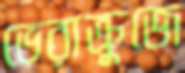
ভেরাক্রুজে